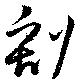
割